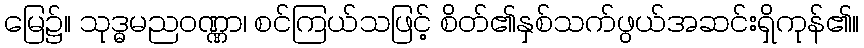
မြေ၌။ သုဒ္ဓမညဝဏ္ဏာ၊ စင်ကြယ်သဖြင့် စိတ်၏နှစ်သက်ဖွယ်အဆင်းရှိကုန်၏။